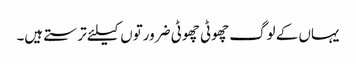
یہاں کے لوگ چھوٹی چھوٹی ضرورتوں کیلئے ترستے ہیں۔